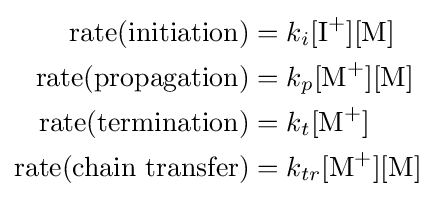
{\begin{aligned}{\text{rate(initiation)}}&=k_{i}[{\ce {I+}}][{\text{M}}]\\{\text{rate(propagation)}}&=k_{p}[{\ce {M+}}][{\text{M}}]\\{\text{rate(termination)}}&=k_{t}[{\ce {M+}}]\\{\text{rate(chain transfer)}}&=k_{tr}[{\ce {M+}}][{\text{M}}]\end{aligned}}